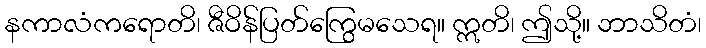
နကာလံကရောတိ၊ ဇီဝိန်ပြတ်ကြွေမသေရ။ ဣတိ၊ ဤသို့။ ဘာသိတံ၊